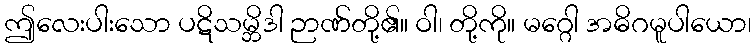
ဤလေးပါးသော ပဋိသမ္ဘိဒါ ဉာဏ်တို့၏။ ဝါ၊ တို့ကို။ မဂ္ဂေါ အဓိဂမူပါယော၊